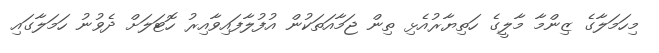
މިހަމަލާގެ ޒިންމާ މާލީގެ ހަތިޔާރުއެޅި ތިން ޖަމާއަތަކުން އުފުލާފައިވާއިރު ހޮޓަލަށް ދެވުނު ހަމަލާގައި